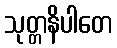
သုတ္တနိပါတေ